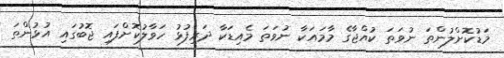
މަޑުކޮށްލުންތަ ނުވަތަ ކުއްޖާގެ މާމައަކާ ނުވަތަ މެއިޑަކާ ދަރިފުޅު ހަވާލުކޮށްފައި ޖޮބުގައި އުޅުންތަ